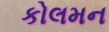
કોલમન